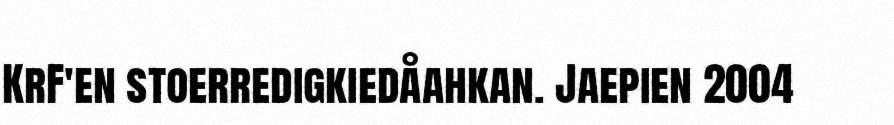
KrF'en stoerredigkiedåahkan. Jaepien 2004